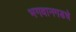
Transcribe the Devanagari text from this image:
भगवानगडचे